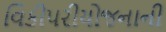
વિકીપરીયોજનાની